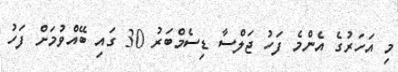
މި އަހަރުގެ އެންމެ ފަހު ޖަލްސާ ޑިސެމްބަރު 30 ގައި ބޭއްވުމަށް ފަހު